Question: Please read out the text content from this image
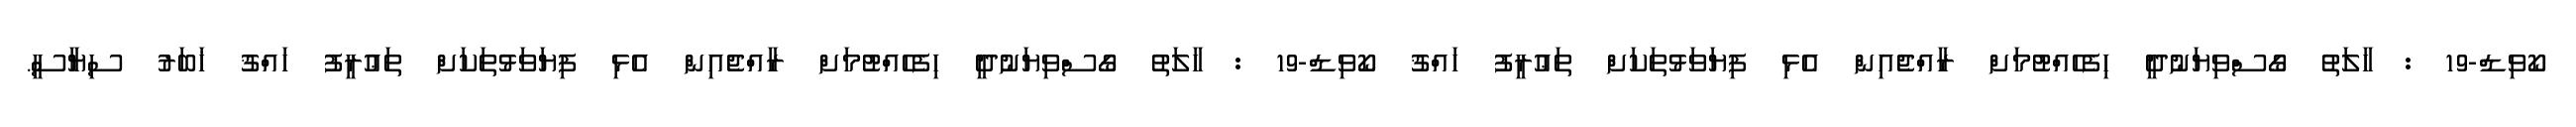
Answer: ކޯވިޑް-19 : ހާލަތު ގޯސްވިޔަނުދީ ހިފެހެއްޓުމަށް ރާއްޖެއިން އެޅި ފިޔަވަޅުތަކަށް ތަޢުރީފު ހައްޤު ކޯވިޑް-19 : ހާލަތު ގޯސްވިޔަނުދީ ހިފެހެއްޓުމަށް ރާއްޖެއިން އެޅި ފިޔަވަޅުތަކަށް ތަޢުރީފު ހައްޤު ޚަބަރު ސިޔާސީ.